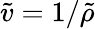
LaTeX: \tilde{v}=1/\tilde{\rho}